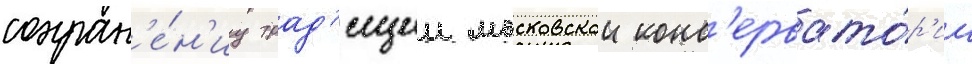
сохран'е́н'иу трад'иции московскои конс'ервато́р'ии